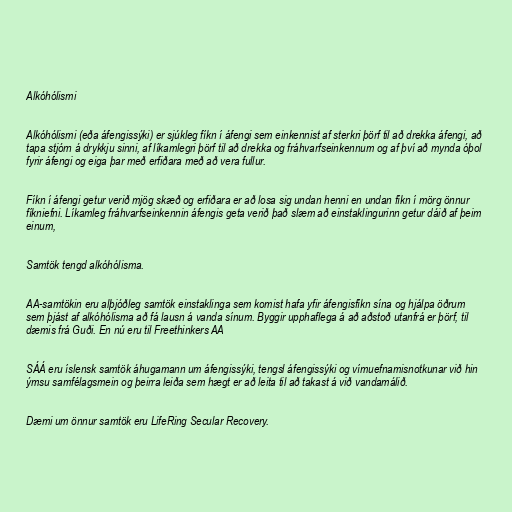
Alkóhólismi

Alkóhólismi (eða áfengissýki) er sjúkleg fíkn í áfengi sem einkennist af sterkri þörf til að drekka áfengi, að
tapa stjórn á drykkju sinni, af líkamlegri þörf til að drekka og fráhvarfseinkennum og af því að mynda óþol
fyrir áfengi og eiga þar með erfiðara með að vera fullur.

Fíkn í áfengi getur verið mjög skæð og erfiðara er að losa sig undan henni en undan fíkn í mörg önnur
fíkniefni. Líkamleg fráhvarfseinkennin áfengis geta verið það slæm að einstaklingurinn getur dáið af þeim
einum,

Samtök tengd alkóhólisma.

AA-samtökin eru alþjóðleg samtök einstaklinga sem komist hafa yfir áfengisfíkn sína og hjálpa öðrum
sem þjást af alkóhólisma að fá lausn á vanda sínum. Byggir upphaflega á að aðstoð utanfrá er þörf, til
dæmis frá Guði. En nú eru til Freethinkers AA

SÁÁ eru íslensk samtök áhugamann um áfengissýki, tengsl áfengissýki og vímuefnamisnotkunar við hin
ýmsu samfélagsmein og þeirra leiða sem hægt er að leita til að takast á við vandamálið.

Dæmi um önnur samtök eru LifeRing Secular Recovery.